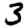
Digit: 3